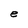
Character: e